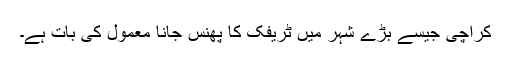
کراچی جیسے بڑے شہر میں ٹریفک کا پھنس جانا معمول کی بات ہے۔